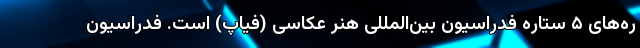
ره‌های ۵ ‌ستاره فدراسیون بین‌المللی هنر عکاسی (فیاپ) است. فدراسیون